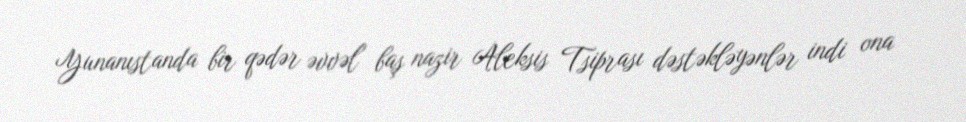
Yunanıstanda bir qədər əvvəl baş nazir Aleksis Tsiprası dəstəkləyənlər indi ona